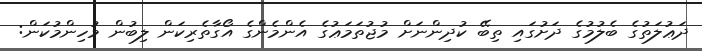
ދަޢުލަތުގެ ބެލުމުގެ ދަށުގައި ތިބޭ ކުދިންނަށް މުޖުތަމަޢުގެ އެންމެންގެ އޯގާތެރިކަން ލިބުން މުހިންމުކަން: